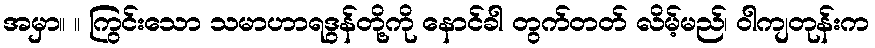
အမှာ။ ။ ကြွင်းသော သမာဟာရဒွန်တို့ကို နောင်ခါ တွက်တတ် လိမ့်မည်၊ ဝါကျတုန်းက